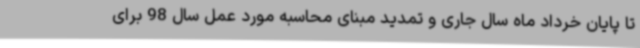
تا پایان خرداد ماه سال جاری و تمدید مبنای محاسبه مورد عمل سال 98 برای